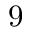
9